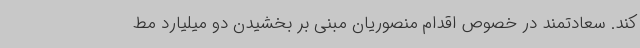
کند. سعادتمند در خصوص اقدام منصوریان مبنی بر بخشیدن دو میلیارد مط